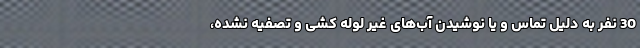
30 نفر به دلیل تماس و یا نوشیدن آب‌های غیر لوله کشی و تصفیه نشده،